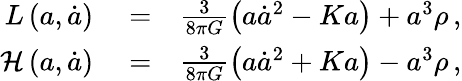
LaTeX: \begin{array}{rlr}{L\left(a,\dot{a}\right)}&{{}=}&{\frac{3}{8\pi G}\left(a\dot{a}^{2}-Ka\right)+a^{3}\rho\, ,}\\ {{\cal H}\left(a,\dot{a}\right)}&{{}=}&{\frac{3}{8\pi G}\left(a\dot{a}^{2}+Ka\right)-a^{3}\rho\, ,}\end{array}